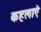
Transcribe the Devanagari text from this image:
कहलाऐ